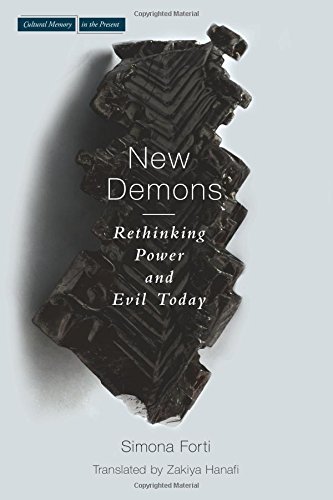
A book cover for The New Demons: Rethinking Power and Evil Today (Cultural Memory in the Present); Simona Forti; Politics & Social Sciences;